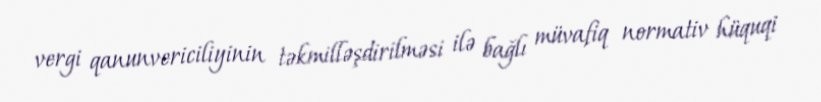
vergi qanunvericiliyinin təkmilləşdirilməsi ilə bağlı müvafiq normativ hüquqi